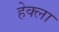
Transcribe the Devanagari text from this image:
हेक्ला